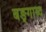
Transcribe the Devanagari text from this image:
बङ्गाब्द